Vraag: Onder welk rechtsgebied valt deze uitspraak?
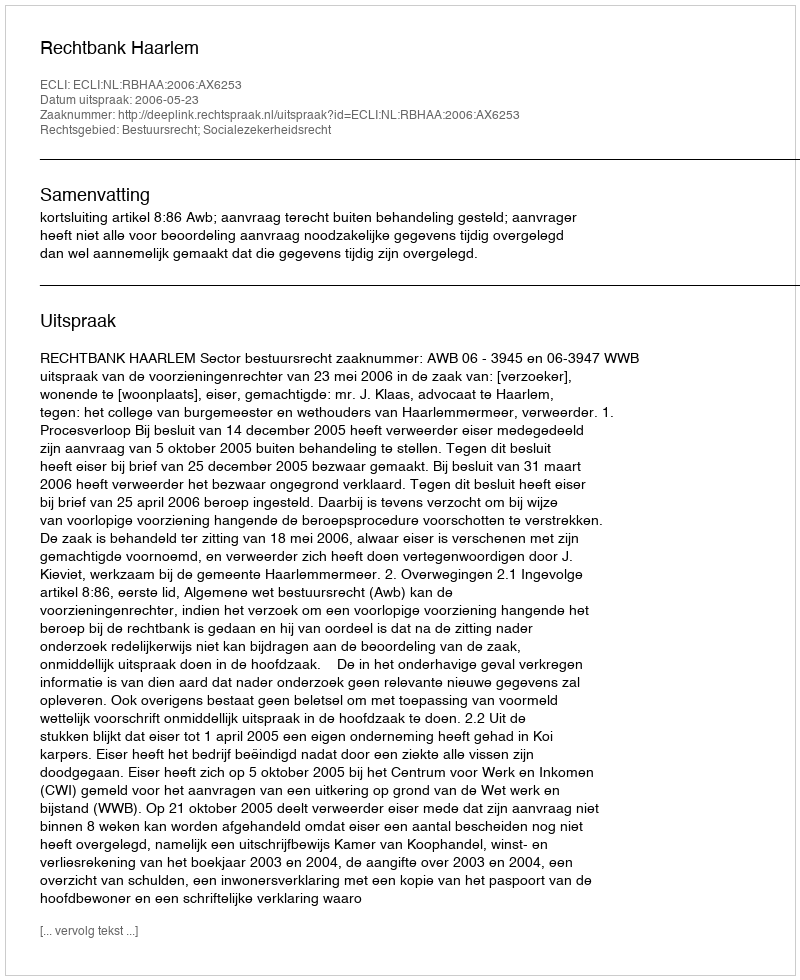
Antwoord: Bestuursrecht; Socialezekerheidsrecht